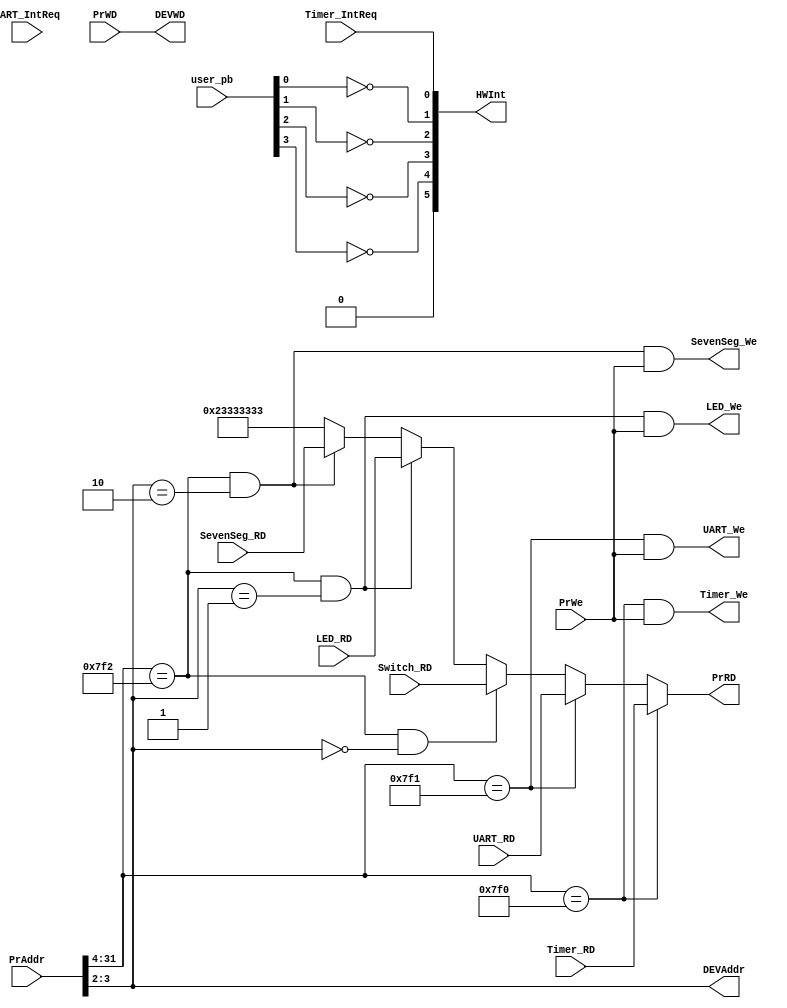
`timescale 1ns / 1ps
//////////////////////////////////////////////////////////////////////////////////
// Company: 
// Engineer: 
// 
// Design Name: 
// Module Name:    Bridge 
// Project Name: 
// Target Devices: 
// Tool versions: 
// Description: 
//
// Dependencies: 
//
// Revision: 
// Revision 0.01 - File Created
// Additional Comments: 
//
//////////////////////////////////////////////////////////////////////////////////
module Bridge(/*autoport*/
//output
			PrRD,
			HWInt,
			DEVAddr,
			DEVWD,
			Timer_We,
			UART_We,
			LED_We,
			SevenSeg_We,
//input
			PrAddr,
			PrWD,
			PrWe,
			user_pb,
			Timer_RD,
			UART_RD,
			Switch_RD,
			LED_RD,
			SevenSeg_RD,
			Timer_IntReq,
			UART_IntReq);
	input [31:0] PrAddr;
	input [31:0] PrWD;
	output [31:0] PrRD;
	input PrWe;
	output [15:10] HWInt;

	input [4:1] user_pb;
	output [3:2] DEVAddr;
	output [31:0] DEVWD;
	input [31:0] Timer_RD,UART_RD,Switch_RD,LED_RD,SevenSeg_RD;
	output Timer_We,UART_We,LED_We,SevenSeg_We;
	input Timer_IntReq,UART_IntReq;

	wire Timer,UART,Switch,LED,SevenSeg;

	assign Timer = (PrAddr[31:4]==28'h0000_7f0);
	assign UART = (PrAddr[31:4]==28'h0000_7f1);
	assign Switch = (PrAddr[31:4]==28'h0000_7f2 && DEVAddr==2'b00);
	assign LED = (PrAddr[31:4]==28'h0000_7f2 && DEVAddr==2'b01);
	assign SevenSeg = (PrAddr[31:4]==28'h0000_7f2 && DEVAddr==2'b10);

	assign PrRD = (Timer)?Timer_RD:
				  (UART)?UART_RD:
				  (Switch)?Switch_RD:
				  (LED)?LED_RD:
				  (SevenSeg)?SevenSeg_RD:
				  32'h23333333;

	assign DEVAddr = PrAddr[3:2];
	assign DEVWD = PrWD;
	
	assign Timer_We = Timer & PrWe;
	assign UART_We = UART & PrWe;
	assign LED_We = LED & PrWe;
	assign SevenSeg_We = SevenSeg & PrWe;

	assign HWInt = {/*UART_IntReq*/1'b0,~user_pb[4],~user_pb[3],~user_pb[2],~user_pb[1],Timer_IntReq};

endmodule